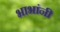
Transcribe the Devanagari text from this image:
भाभांनी